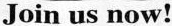
Join us now!